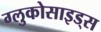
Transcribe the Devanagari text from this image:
ग्लुकोसाइड्‌स